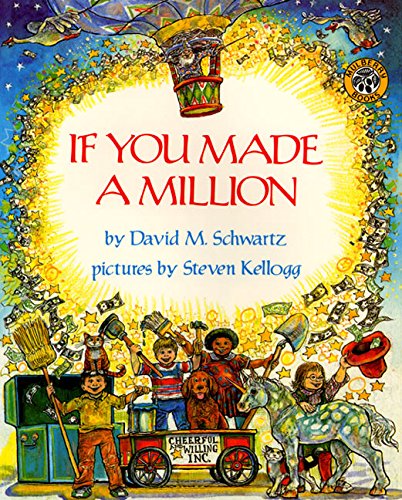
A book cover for If You Made a Million; David M. Schwartz; Children's Books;